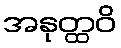
အနုတ္ထဝိ